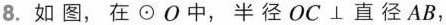
8.如图，在⊙O中，半径OC⊥直径AB，